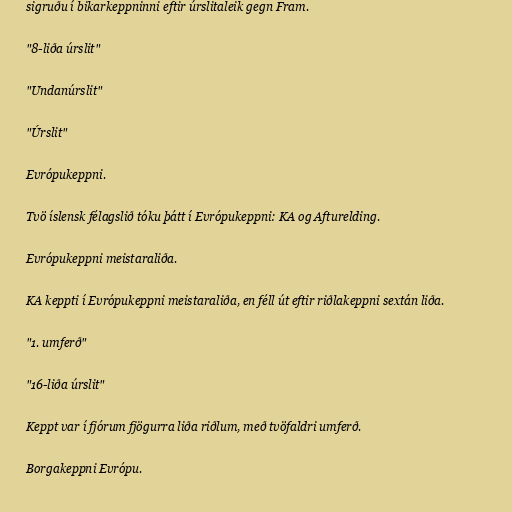
sigruðu í bikarkeppninni eftir úrslitaleik gegn Fram.

"8-liða úrslit"

"Undanúrslit"

"Úrslit"

Evrópukeppni.

Tvö íslensk félagslið tóku þátt í Evrópukeppni: KA og Afturelding.

Evrópukeppni meistaraliða.

KA keppti í Evrópukeppni meistaraliða, en féll út eftir riðlakeppni sextán liða.

"1. umferð"

"16-liða úrslit"

Keppt var í fjórum fjögurra liða riðlum, með tvöfaldri umferð.

Borgakeppni Evrópu.